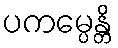
ပကမ္ပေန္တိ